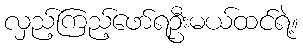
လှည့်ကြည့်ဖော်ရဦးမယ်ထင်ရဲ့။